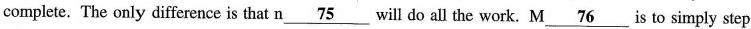
complete. The only difference is that n\underline{75}will do all the work. M \underline{76} is to simply step